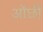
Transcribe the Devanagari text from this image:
ओंछी